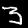
Label: 3